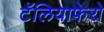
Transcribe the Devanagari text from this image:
टॅलियाफेरो